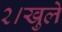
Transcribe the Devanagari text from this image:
२।खुले